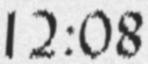
12:08